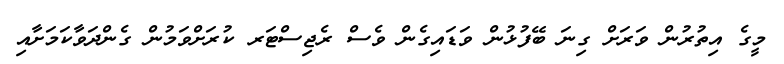
މީގެ އިތުރުން ވަރަށް ގިނަ ބޭފުޅުން ވަޑައިގެން ވެސް ރެޖިސްޓަރ ކުރަށްވަމުން ގެންދަވާކަމަށާއި